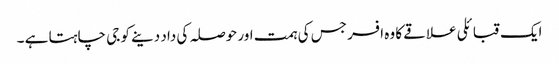
ایک قبائلی علاقے کا وہ افسر جس کی ہمت اور حوصلہ کی داد دینے کو جی چاہتا ہے ۔